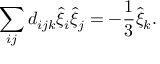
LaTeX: \sum _ { i j } d _ { i j k } \hat { \xi } _ { i } \hat { \xi } _ { j } = - \frac { 1 } { 3 } \hat { \xi } _ { k } .